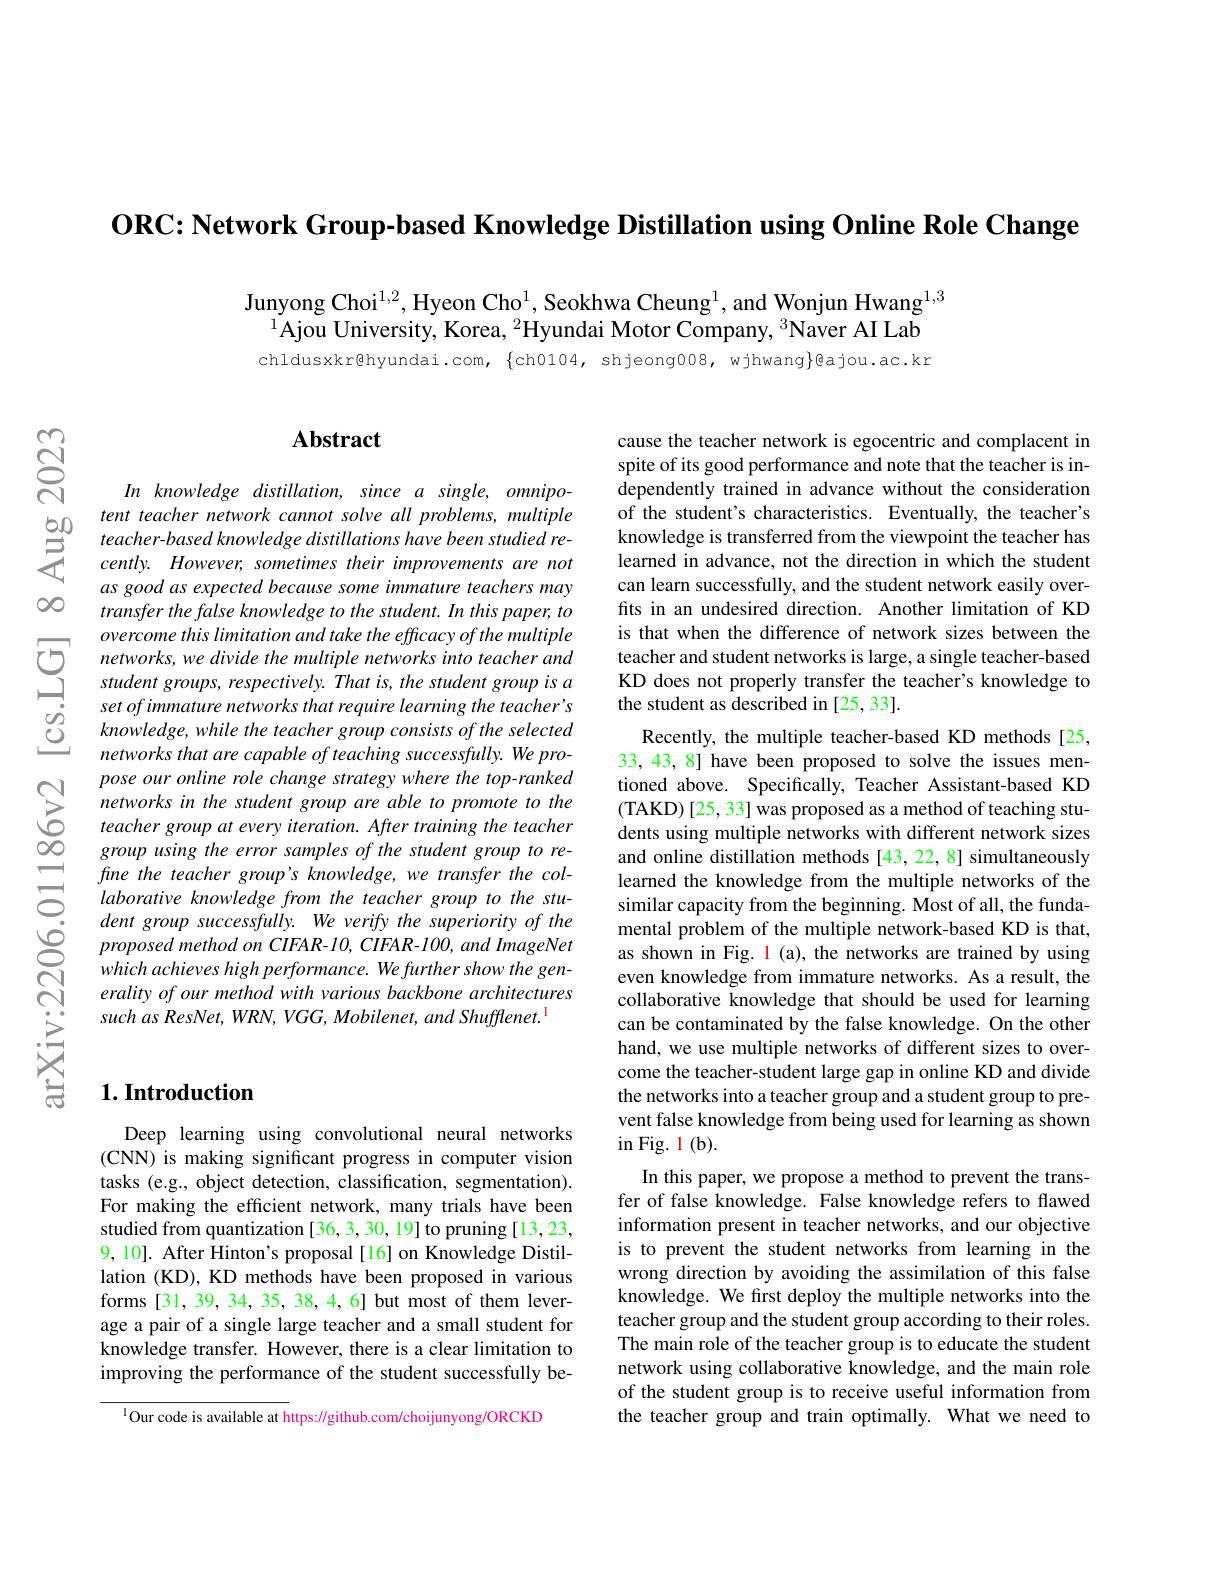
$\textbf{ORC: Network Group- based Knowledge Distillation using Online Role Change}$

00

$ଟ୍ରି$

Junyong Choi$^{1,2}$, Hyeon Cho$^1$, Seokhwa Cheung$^1$, and Wonjun Hwang$^{1,3}$
$^{1}$Ajou University, Korea, $^2$Hyundai Motor Company, $^3$Naver AI Lab

chldusxkr@hyundai.com, $\{$ch0104, shjeong008, wjhwang}@ajou.ac.kr

## Abstract

cause the teacher network is egocentric and complacent in spite of its good performance and note that the teacher is independently trained in advance without the consideration of the student's characteristics. Eventually, the teacher's knowledge is transferred from the viewpoint the teacher has learned in advance, not the direction in which the student can learn successfully, and the student network easily overfits in an undesired direction. Another limitation of KD is that when the difference of network sizes between the
networks, we divide the multiple networks into teacher andteacher and student networks is large, a single teacher- based student groups, respectively. Thatis, the student group is a KD does not properly transfer the teacher' s knowledge to PO Set

In knowledge distillation, since a single, omnipotent teacher network cannot solve all problems, multiple
as good as expected because some immature teachers may transfer the false knowledge to the student. In this paper, to overcome this limitation and take the efficacy of the multiple $knowledge,whiletheteachergroupconsistsoftheselected$ networks that are capable of teaching successfully. We propose our online role change strategy where the top-ranked networks in the student group are able to promote to the teacher group at every iteration. After training the teacher $groupusingthe error samples of the student group to re-$
$\Xi$ fine the teacher $group^{\prime }s$ $knowledge$, $we$ transfer the $col- \Xi laborative$ knowledge from the teacher group $to$ the $stu- .$ dent group $successftully.$ $We$ verify the superiority $of$ the
$proposedmethodonCIFAR-10,CIFAR-100,andImageNet$ which achieves high performance. We further show the generality of our method with various backbone architectures such as ResNet, WRN, VGG, Mobilenet, and Shufflenet.

Recently, the multiple teacher-based KD methods[25, 33, 43, 8] have been proposed to solve the issues mentioned above. Specifically, Teacher Assistant-based KD (TAKD)[25, 33] was proposed as a method of teaching students using multiple networks with different network sizes and online distillation methods [43,22,8] simultaneously learned the knowledge from the multiple networks of the similar capacity from the beginning. Most of all, the fundamental problem of the multiple network-based KD is that, as shown in Fig. l (a), the networks are trained by using even knowledge from immature networks. As a result, the collaborative Knowledge that should be used for learning can be contaminated by the false knowledge. On the other hand, we use multiple networks of different sizes to overcome the teacher-student large gap in online KD and divide the networks into a teacher group and a student group to prevent false knowledge from being used for learning as shown in Fig. 1 ( b) .
In this paper, we propose a method to prevent the transfer of false knowledge. False knowledge refers to flawed information present in teacher networks, and our objective is to prevent the student networks from learning in the wrong direction by avoiding the assimilation of this false knowledge. We frst deploy the multiple networks into the teacher group and the student group according to their roles. The main role of the teacher group is to educate the student network using collaborative knowledge, and the main role of the student group is to receive useful information from the teacher group and train optimally. What we need to

# $1. \textbf{Introduction}$

Deep learning using convolutional neural networks (CNN) is making significant progress in computer vision tasks (e.g., object detection, classification, segmentation). For making the efficient network, many trials have been studied from quantization [36,3,30,19] to pruning [13,23, 9, 10]. After Hinton's proposal[16] on Knowledge Distillation (KD), KD methods have been proposed in various forms [31,39,34,35,38,4,6] but most of them leverage a pair of a single large teacher and a small student for knowledge transfer. However, there is a clear limitation to improving the performance of the student successfully be-

$^{1}$Our code is available at https://github.com/choijunyong/ORCKD